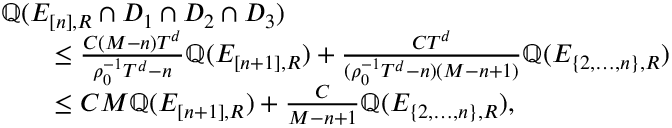
\begin{array} { r l } { \lefteqn { \mathbb Q ( E _ { [ n ] , R } \cap D _ { 1 } \cap D _ { 2 } \cap D _ { 3 } ) } \quad } & { } \\ & { \leq \frac { C ( M - n ) T ^ { d } } { \rho _ { 0 } ^ { - 1 } T ^ { d } - n } \mathbb Q ( E _ { [ n + 1 ] , R } ) + \frac { C T ^ { d } } { ( \rho _ { 0 } ^ { - 1 } T ^ { d } - n ) ( M - n + 1 ) } \mathbb Q ( E _ { \{ 2 , \ldots , n \} , R } ) } \\ & { \leq C M \mathbb Q ( E _ { [ n + 1 ] , R } ) + \frac { C } { M - n + 1 } \mathbb Q ( E _ { \{ 2 , \ldots , n \} , R } ) , } \end{array}